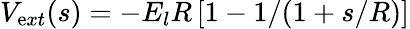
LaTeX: V_{\mathrm{e}xt}(s)=-E_{l}R\left[1-1/(1+s/R)\right]